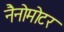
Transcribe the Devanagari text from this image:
नैनोमोटर